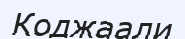
Коджаали